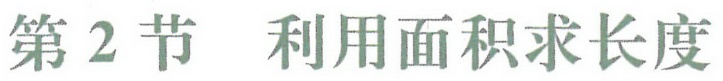
第2节 利用面积求长度